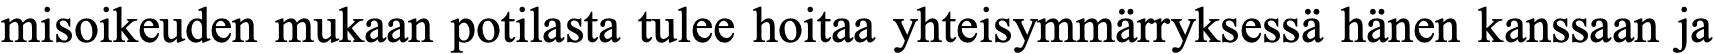
misoikeuden mukaan potilasta tulee hoitaa yhteisymmärryksessä hänen kanssaan ja